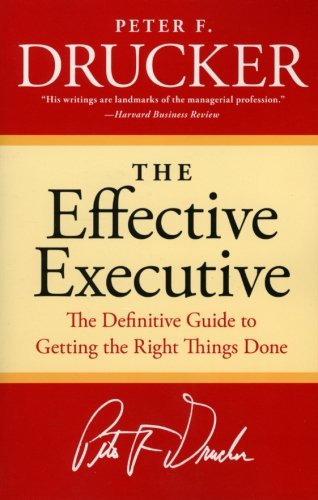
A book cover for The Effective Executive: The Definitive Guide to Getting the Right Things Done (Harperbusiness Essentials); Peter F. Drucker; Business & Money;